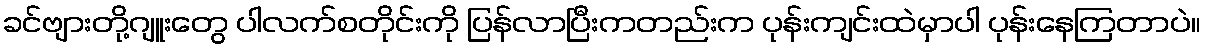
ခင်ဗျားတို့ဂျူးတွေ ပါလက်စတိုင်းကို ပြန်လာပြီးကတည်းက ပုန်းကျင်းထဲမှာပါ ပုန်းနေကြတာပဲ။